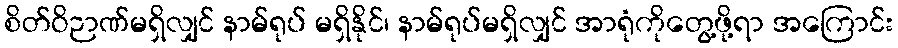
စိတ်ဝိဉာဏ်မရှိလျှင် နာမ်ရုပ် မရှိနိုင်၊ နာမ်ရုပ်မရှိလျှင် အာရုံကိုတွေ့ဖို့ရာ အကြောင်း